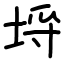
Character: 埒